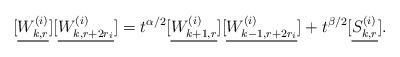
LaTeX: \begin{align*}[\underline{W_{k,r}^{(i)}}][\underline{W_{k,r+2r_i}^{(i)}}] = t^{\alpha/2} [\underline{W_{k+1,r}^{(i)}}] [\underline{W_{k-1,r+2r_i}^{(i)}}] + t^{\beta/2} [\underline{S_{k, r}^{(i)}}].\end{align*}